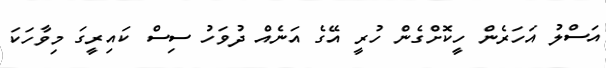
އަސްލު އަހަރެން ހީކޮށްގެން ހުރީ އޭގެ އަނެއް ދުވަހު ސިސް ކައިރީގަ މިވާހަކަ